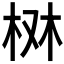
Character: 𣑔